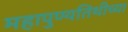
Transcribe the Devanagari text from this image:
महापुण्यतिथीच्या